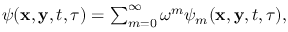
\begin{array} { r } { \psi ( \mathbf { x } , \mathbf { y } , t , \tau ) = \sum _ { m = 0 } ^ { \infty } \omega ^ { m } \psi _ { m } ( \mathbf x , \mathbf y , t , \tau ) , } \end{array}